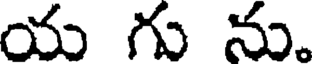
య గు ను.